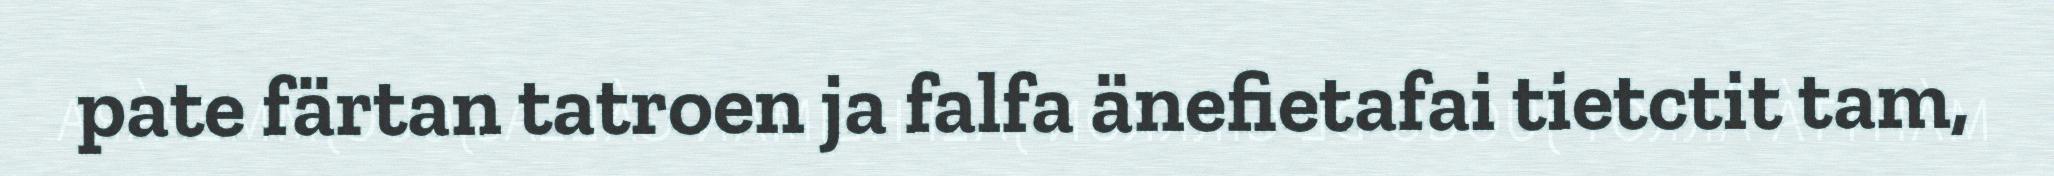
pate färtan tatroen ja falfa änefietafai tietctit tam,